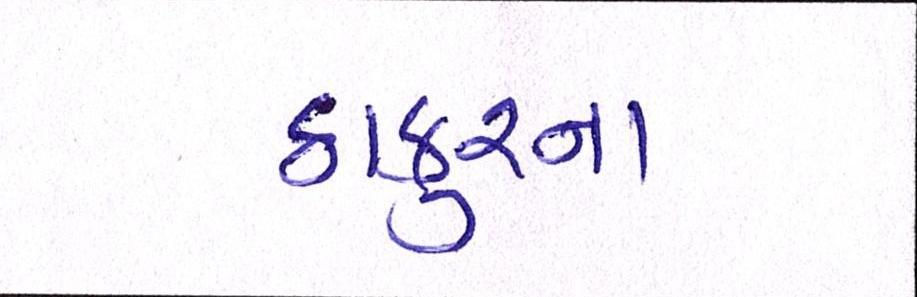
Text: ઠાકુરના